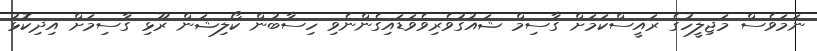
ނަމަވެސް މަޖިލީހުގެ ރައީސްކަމަށް ގާސިމް ޝައުގުވެރިވެވަޑައިގެންނެވި ހިސާބުން ކޯލިޝަން ރޫޅި ގާސިމަށް އިދިކޮޅު